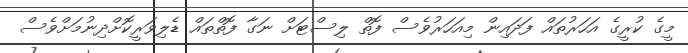
މީގެ ކުރީގެ އަހަރުތައް ފަދައިން މިއަހަރުވެސް ފޮތް ލިސްޓަށް ނަގާ ފޮތްތައް ޑެލިވަރީކޮށްދިނުމަށްވެސް